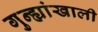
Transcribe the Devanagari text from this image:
गुन्ह्यांखाली